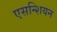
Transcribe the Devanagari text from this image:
एसन्शियन